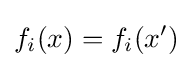
f_{i}(x)=f_{i}(x')